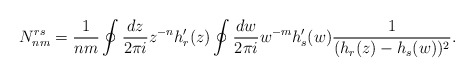
\begin{align*}N_{nm}^{rs}=\frac{1}{nm}\oint\frac{dz}{2\pi i}z^{-n}h_r^{\prime}(z)\oint\frac{dw}{2\pi i}w^{-m}h_s^{\prime}(w)\frac{1}{(h_r(z)-h_s(w))^2}.\end{align*}